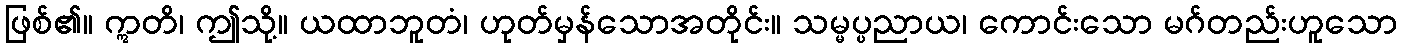
ဖြစ်၏။ ဣတိ၊ ဤသို့။ ယထာဘူတံ၊ ဟုတ်မှန်သောအတိုင်း။ သမ္မပ္ပညာယ၊ ကောင်းသော မဂ်တည်းဟူသော